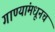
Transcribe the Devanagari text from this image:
गाण्यांमधूनच